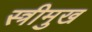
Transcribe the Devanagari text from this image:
स्त्रीमुख